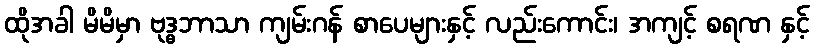
ထိုအခါ မိမိမှာ ဗုဒ္ဓဘာသာ ကျမ်းဂန် စာပေများနှင့် လည်းကောင်း၊ အကျင့် စရဏ နှင့်